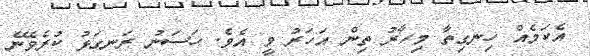
އެކަމެއް ހިނގިތާ މިހާރު ތިން އަހަރު ވީ އެވެ. ހަސަނު ރަނގަޅު ކުރެވޭނެ